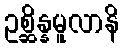
ဥစ္ဆိန္နမူလာနိ